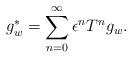
LaTeX: \begin{align*} g^*_w = \sum_{n=0}^\infty \epsilon^n T^n g_w. \end{align*}